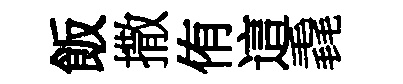
飯撒侑這毳